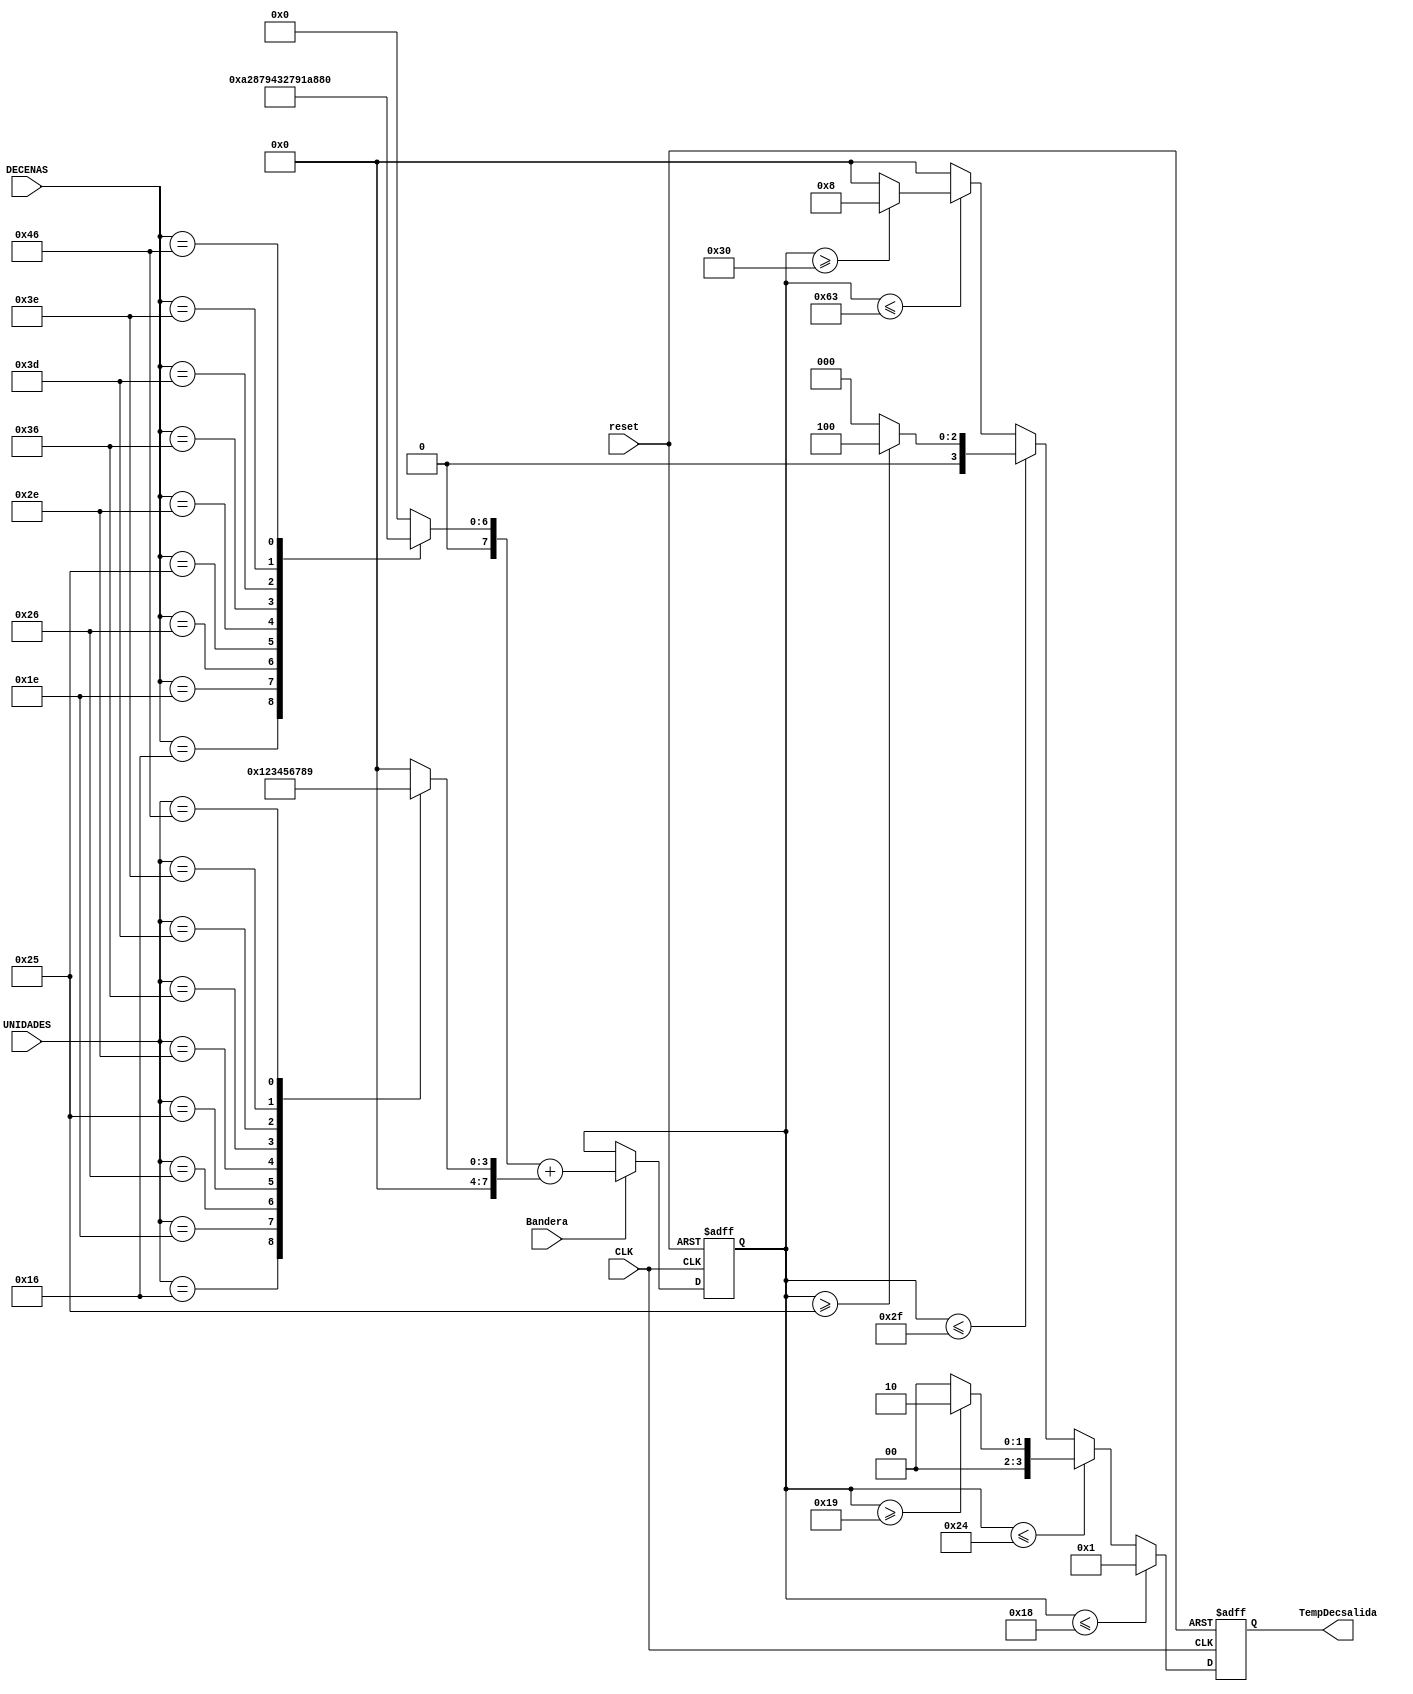
`timescale 1ns / 1ps
//////////////////////////////////////////////////////////////////////////////////
// Company: 
// Engineer: 
// 
// Design Name: 
// Module Name:    DECO 
// Project Name: 
// Target Devices: 
// Tool versions: 
// Description: 
//
// Dependencies: 
//
// Revision: 
// Revision 0.01 - File Created
// Additional Comments: 
//
//////////////////////////////////////////////////////////////////////////////////
module DecoTemps(
	input wire CLK,Bandera,
	input wire reset,
	input wire [7:0] UNIDADES,DECENAS,
	output wire [3:0] TempDecsalida		

    );
wire [7:0] din;	
reg [7:0] T1,T2;
reg [3:0] Tempslocal; 
reg [3:0] TempDec; 



//COMPARADOR

always @*
begin
Tempslocal = 4'b0000;

	if(din <= 8'h18)
		Tempslocal = 4'b0001;
	else if(din <= 8'h24)
		begin
			if(din >= 8'h19)
			Tempslocal = 4'b0010;
		end
	else if(din <= 8'h2F)
		begin
			if(din >= 8'h25)
				Tempslocal = 4'b0100;
		end
	else if(din <= 8'h63)
		begin
			if(din >=8'h30)
				Tempslocal = 4'b1000;
		end		
end

//Registro para DIN
reg [7:0] current_state, next_state;
always@* 
begin

	if(Bandera)
		next_state = T2 + T1; //carga
	else
		next_state = current_state;//parada
		
end

assign din = current_state; 


//REGISTROS

always @(posedge CLK, posedge reset)
begin
	if(reset)
		begin
		TempDec <= 0;
		current_state <= 0;
		end
	else
	begin
		TempDec <= Tempslocal;
		current_state <= next_state;
	end
end

assign TempDecsalida = TempDec;

	always@*
		begin
		T1 = 0;
		T2 = 0;
			case (UNIDADES)  
				8'h16: T1 = 8'h01; //1
				8'h1e: T1 = 8'h02; //2
				8'h26: T1 = 8'h03; //3
				8'h25: T1 = 8'h04; //4
				8'h2e: T1 = 8'h05; //5
				8'h36: T1 = 8'h06; //6
				8'h3d: T1 = 8'h07; //7
				8'h3e: T1 = 8'h08; //8
				8'h46: T1 = 8'h09; //9
				8'h45: T1 = 8'h00; //0
			endcase
			
			case (DECENAS) 
				8'h16: T2 = 8'h0A; //10
				8'h1e: T2 = 8'h14; //20
				8'h26: T2 = 8'h1E; //30
				8'h25: T2 = 8'h28; //40
				8'h2e: T2 = 8'h32; //50
				8'h36: T2 = 8'h3C; //60
				8'h3d: T2 = 8'h46; //70
				8'h3e: T2 = 8'h50; //80
				8'h46: T2 = 8'h5A; //90
				8'h45: T2 = 8'h00; //00
			endcase
		end

endmodule